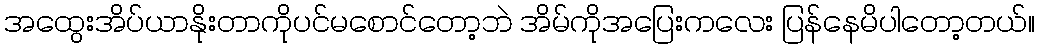
အထွေးအိပ်ယာနိုးတာကိုပင်မစောင်တော့ဘဲ အိမ်ကိုအပြေးကလေး ပြန်နေမိပါတော့တယ်။